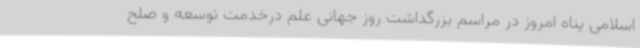
اسلامی پناه امروز در مراسم بزرگداشت روز جهانی علم درخدمت توسعه و صلح